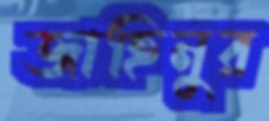
জাহিনুর